Annual statistical returns and brief notes on vaccination in Bengal - 1909-1929
Year: 1909
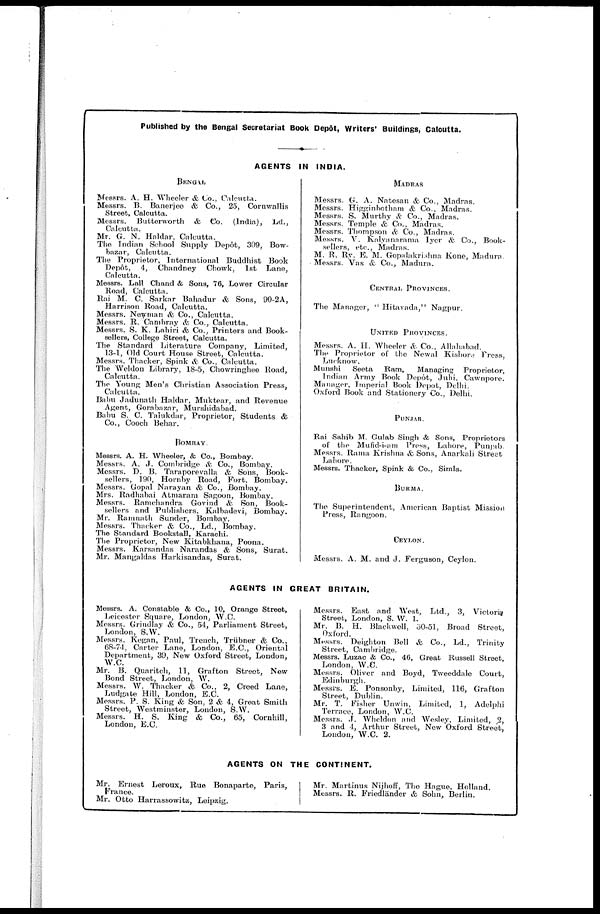
Published by the Bengal Secretariat Book Depôt, Writers' Buildings, Calcutta.
AGENTS IN INDIA.
BENGAL
Messrs. A. H. Wheeler & Co., Calcutta.
Messrs. B. Banerjee & Co., 25, Cornwallis
Street, Calcutta.
Messrs. Butterworth & Co. (India), Ld.,
Calcutta.
Mr. G. N. Haldar, Calcutta.
The Indian School Supply Depôt, 309, Bow-
bazar, Calcutta.
The Proprietor, International Buddhist Book
Depôt, 4, Chandney Chowk, 1st Lane,
Calcutta.
Messrs. Lall Chand & Sons, 76, Lower Circular
Road, Calcutta.
Rai M. C. Sarkar Bahadur & Sons, 90-2A,
Harrison Road, Calcutta.
Messrs. Newman & Co., Calcutta.
Messrs. R. Cambray & Co., Calcutta.
Messrs. S. K. Lahiri & Co., Printers and Book-
sellers, College Street, Calcutta.
The Standard Literature Company, Limited,
13-1, Old Court House Street, Calcutta.
Messrs. Thacker, Spink & Co., Calcutta.
The Weldon Library, 18-5, Chowringhee Road,
Calcutta.
The Young Men's Christian Association Press,
Calcutta.
Babu Jadunath Haldar, Muktear, and Revenue
Agent, Gorabazar, Murshidabad.
Babu S. C. Talukdar, Proprietor, Students &
Co., Cooch Behar.
(BOMBAY.
Messrs. A. H. Wheeler, & Co., Bombay.
Messrs. A. J. Combridge & Co., Bombay.
Messrs. D. B. Taraporevalla & Sons, Book-
sellers, 190, Hornby Road, Fort, Bombay.
Messrs. Gopal Narayan & Co., Bombay.
Mrs. Radhabai Atmaram Sagoon, Bombay.
Messrs. Ramchandra Govind & Son, Book-
sellers and Publishers, Kalbadevi, Bombay.
Mr. Ramnath Sunder, Bombay.
Messrs. Thacker & Co., Ld., Bombay.
The Standard Bookstall, Karachi.
The Proprietor, New Kitabkhana, Poona.
Messrs. Karsandas Narandas & Sons, Surat.
Mr. Mangaldas Harkisandas, Surat.
MADRAS
Messrs. G. A. Natesan & Co., Madras.
Messrs. Higginbotham & Co., Madras.
Messrs. S. Murthy & Co., Madras.
Messrs. Temple & Co., Madras.
Messrs. Thompson & Co., Madras.
Messrs. V. Kalyanarama Iyer & Co., Book-
sellers, etc., Madras.
M. R. Ry. E. M. Gopalakrishna Kone, Madura.
Messrs. Vas & Co., Madura.
CENTRAL PROVINCES.
The Manager, " Hitavada," Nagpur.
UNITED PROVINCES.
Messrs. A. H. Wheeler & Co., Allahabad.
The Proprietor of the Newal Kishore Press,
Lucknow.
Munshi
Seeta
Ram,
Managing
Proprietor,
Indian Army Book Depôt, Juhi, Cawnpore.
Manager, Imperial Book Depot, Delhi.
Oxford Book and Stationery Co., Delhi.
PUNJAB.
Rai Sahib M. Gulab Singh & Sons, Proprietors
of the Mufid-i-am Press, Lahore, Punjab.
Messrs. Rama Krishna & Sons, Anarkali Street
Lahore.
Messrs. Thacker, Spink & Co., Simla.
BURMA.
The Superintendent, American Baptist Mission
Press, Rangoon.
CEYLON.
Messrs. A. M. and J. Ferguson, Ceylon.
AGENTS IN GREAT BRITAIN.
Messrs. A. Constable & Co., 10, Orange Street,
Leicester Square, London, W.C.
Messrs. Grindlay & Co., 54, Parliament Street,
London, S.W.
Messrs. Kegan, Paul, Trench, Trübner & Co.,
68-74, Carter Lane, London, E.C., Oriental
Department, 39, New Oxford Street, London,
W.C.
Mr. B. Quaritch, 11, Grafton Street, New
Bond Street, London, W.
Messrs. W. Thacker & Co., 2, Creed Lane,
Ludgate Hill, London, E.C.
Messrs. P. S. King & Son, 2 & 4, Great Smith
Street, Westminster, London, S.W.
Messrs. H. S. King & Co., 65, Cornhill,
London, E.C.
Messrs. East and West, Ltd., 3, Victoria
Street, London, S. W. I.
Mr. B. H. Blackwell 50-51, Broad Street,
Oxford.
Messrs. Deighton Bell & Co., Ld., Trinity
Street, Cambridge.
Messrs. Luzac & Co., 46, Great Russell Street,
London, W.C.
Messrs. Oliver and Boyd, Tweeddale Court,
Edinburgh.
Messrs. E. Ponsonby, Limited, 116, Grafton
Street, Dublin.
Mr. T. Fisher Unwin, Limited, 1, Adelphi
Terrace, London, W.C.
Messrs. J. Wheldon and Wesley, Limited, 2,
3 and 4, Arthur Street, New Oxford Street,
London, W.C. 2.
AGENTS ON THE CONTINENT.
Mr. Ernest Leroux, Rue Bonaparte, Paris,
France.
Mr. Otto Harrassowitz, Leipzig.
Mr. Martinus Nijhoff, The Hague, Holland.
Messrs. R. Friedländer & Sohn, Berlin.